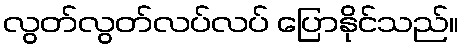
လွတ်လွတ်လပ်လပ် ပြောနိုင်သည်။